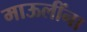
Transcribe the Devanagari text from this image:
माऊलींना